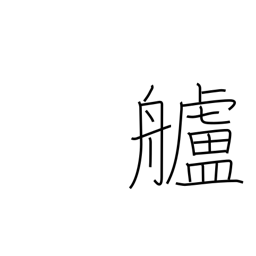
Meaning: stern (of ship)